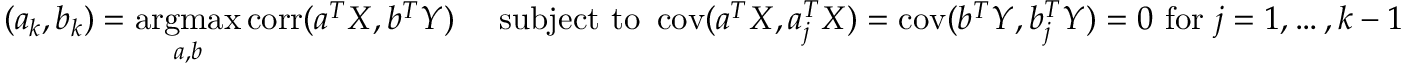
( a _ { k } , b _ { k } ) = { \underset { a , b } { \operatorname { a r g m a x } } } \operatorname { c o r r } ( a ^ { T } X , b ^ { T } Y ) \quad { \mathrm { ~ s u b j e c t ~ t o ~ } } \operatorname { c o v } ( a ^ { T } X , a _ { j } ^ { T } X ) = \operatorname { c o v } ( b ^ { T } Y , b _ { j } ^ { T } Y ) = 0 { \mathrm { ~ f o r ~ } } j = 1 , \dots , k - 1